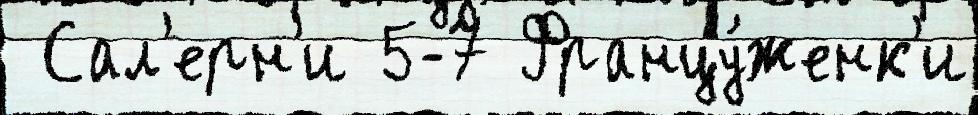
 Сал'ерн'и 5-7 Францу́женк'и